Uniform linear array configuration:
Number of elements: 32
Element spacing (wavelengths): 0.5
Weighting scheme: cosine
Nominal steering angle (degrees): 60
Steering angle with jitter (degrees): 58.708
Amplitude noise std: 0.05
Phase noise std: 0.05

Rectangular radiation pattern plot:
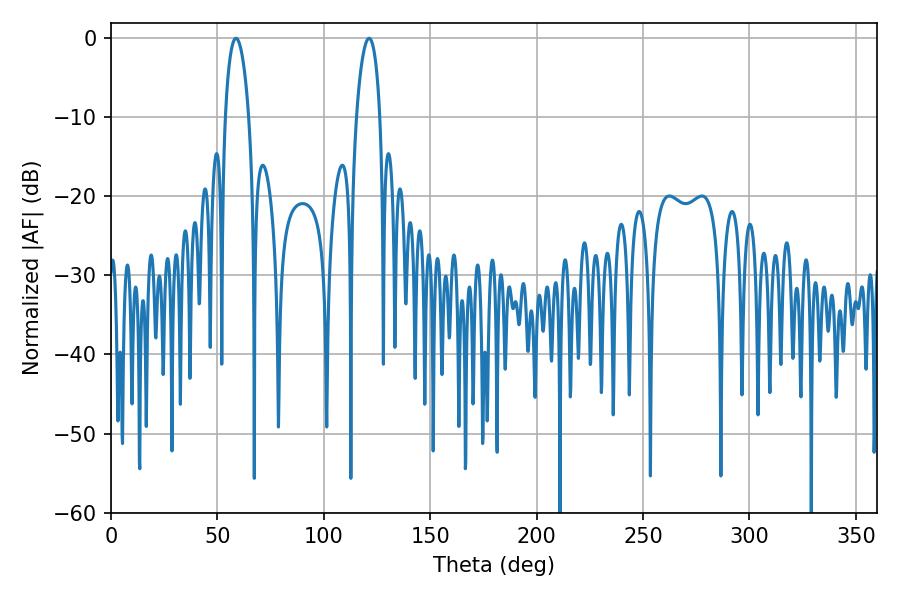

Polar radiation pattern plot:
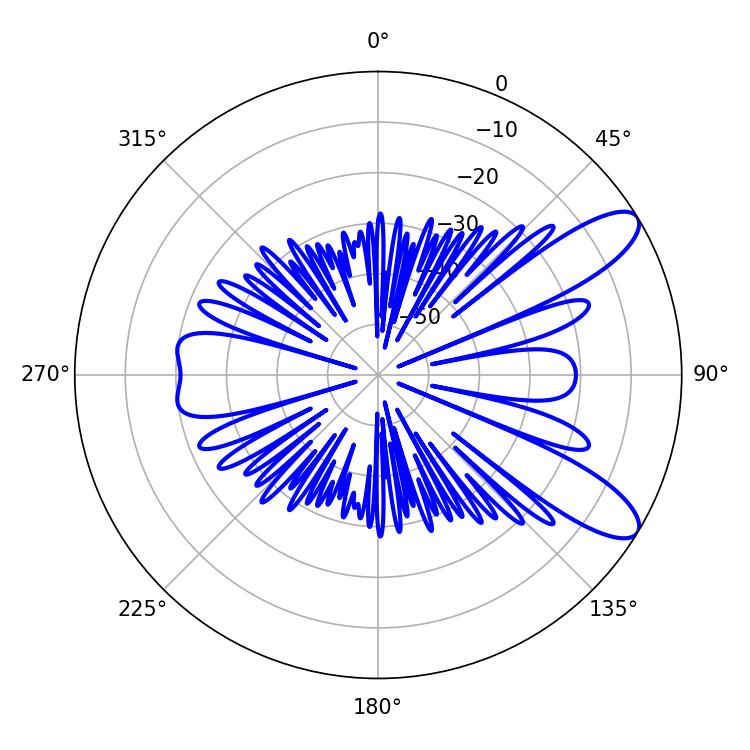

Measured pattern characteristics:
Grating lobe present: FALSE
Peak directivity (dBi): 9.96
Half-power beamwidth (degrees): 6.3
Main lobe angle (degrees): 58.68